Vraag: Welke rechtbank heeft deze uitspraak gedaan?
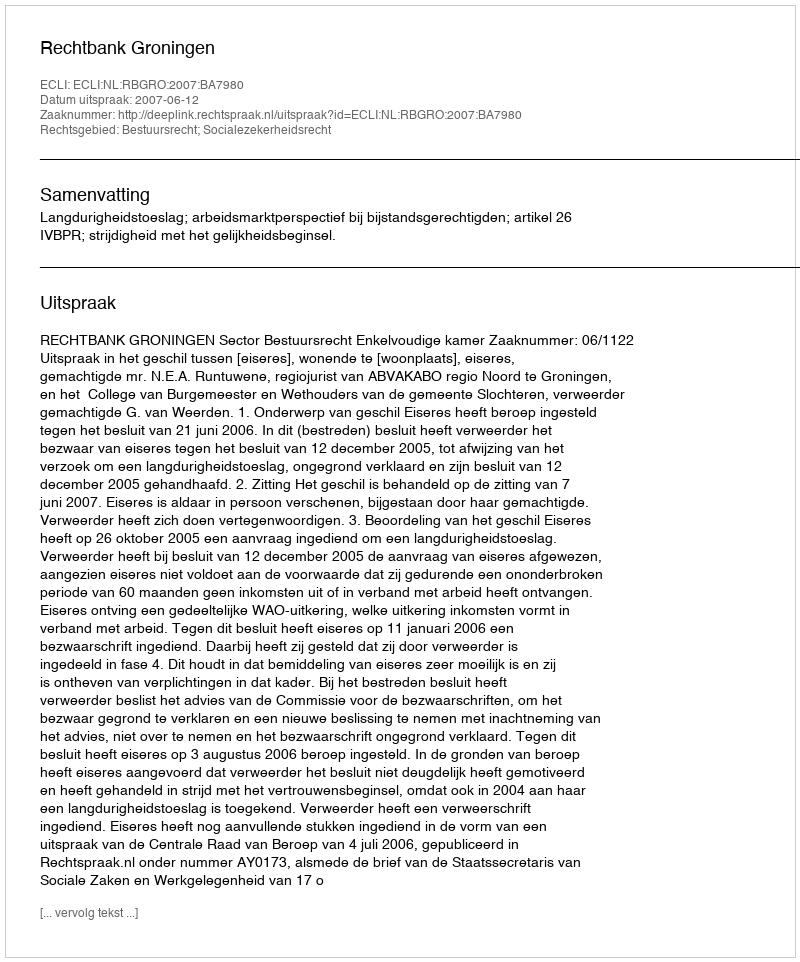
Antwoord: Rechtbank Groningen